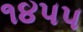
૧૪૫૫